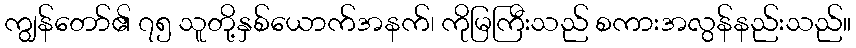
ကျွန်တော်၏ ၇၅ သူတို့နှစ်ယောက်အနက်၊ ကိုမြကြီးသည် စကားအလွန်နည်းသည်။